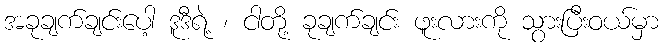
အခုချက်ချင်းပေါ့ ဒူဒီရဲ့ ၊ ငါတို့ ခုချက်ချင်း ဖူးလားကို သွားပြီးဝယ်မှာ